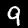
Digit: 9